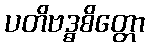
ပတိဗဒ္ဓစိတ္တော